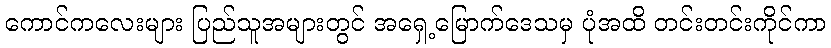
ကောင်ကလေးများ ပြည်သူအများတွင် အရှေ့မြောက်ဒေသမှ ပုံအထိ တင်းတင်းကိုင်ကာ